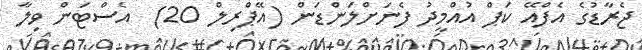
ޖެރާޑުގެ އެފްއޭ ކަޕް އުއްމީދު ފެނަށްލަންޑަން (އޭޕްރިލް 20)  އެސްޓަން ވިލާ